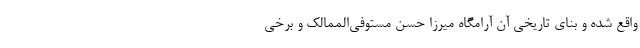
واقع شده و بنای تاریخی آن آرامگاه میرزا حسن مستوفی‌الممالک و برخی